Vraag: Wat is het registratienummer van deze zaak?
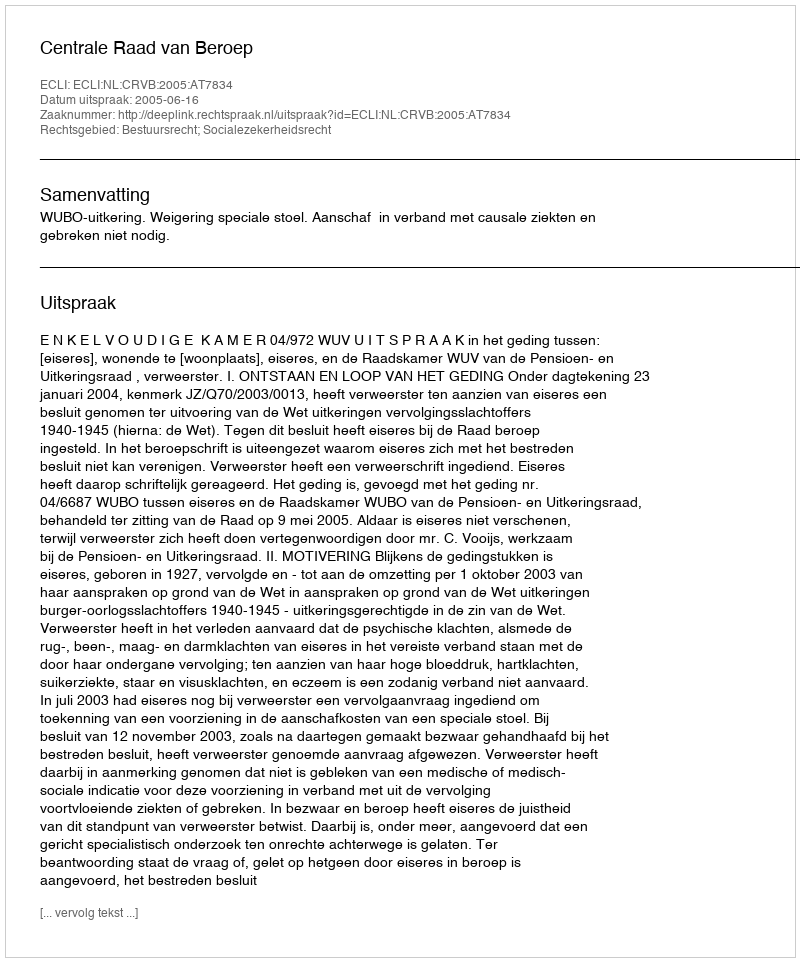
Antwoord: http://deeplink.rechtspraak.nl/uitspraak?id=ECLI:NL:CRVB:2005:AT7834